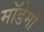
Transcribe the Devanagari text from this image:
मॉडेमों